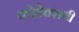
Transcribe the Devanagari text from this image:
कोडेक्सची